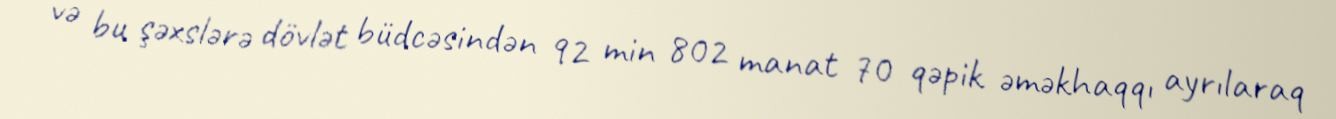
və bu şəxslərə dövlət büdcəsindən 92 min 802 manat 70 qəpik əməkhaqqı ayrılaraq